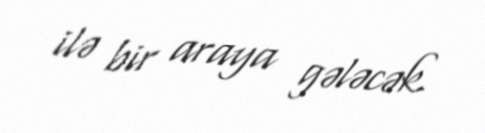
ilə bir araya gələcək.